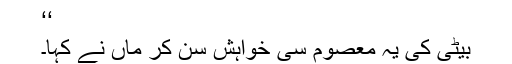
‘‘
بیٹی کی یہ معصوم سی خواہش سن کر ماں نے کہا۔